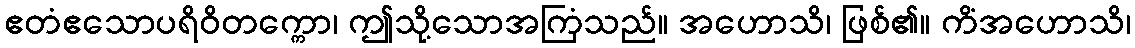
ဧတံဧသောပရိဝိတက္ကော၊ ဤသို့သောအကြံသည်။ အဟောသိ၊ ဖြစ်၏။ ကိံအဟောသိ၊